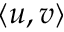
\langle u , v \rangle